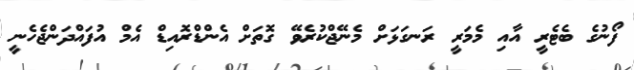
ފޯނުގެ ބެޓެރީ އާއި މެމަރީ ރަނގަޅަށް މެނޭޖްކުރެވޭ ގޮތަށް އެންޑްރޮއިޑް އެމް އުފައްދަންޖެހެނީ